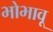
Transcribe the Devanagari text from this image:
भोभावू